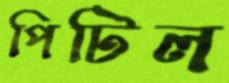
পিটিল